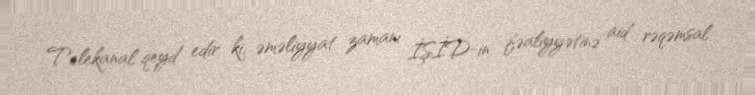
Telekanal qeyd edir ki, əməliyyat zamanı İŞİD-in fəaliyyətinə aid rəqəmsal